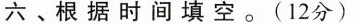
六﹑根据时间填空。(12分)